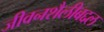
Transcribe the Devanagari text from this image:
जीवनशैलीबद्दल